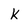
Character: k